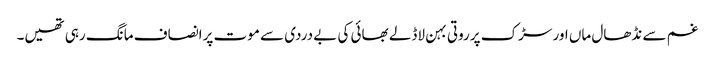
غم سے نڈھال ماں اور سڑک پرروتی بہن لاڈلے بھائی کی بے دردی سے موت پرانصاف مانگ رہی تھیں۔